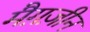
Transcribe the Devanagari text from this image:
मैग़ज़ीन